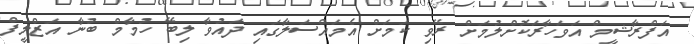
އަފްރާޝީމް އަވަހާރަކޮށްލުމަށް ރޭވި ކަމަށް އެމައްސަލާގައި ދައުވާ ލިބޭ ހުމާމް ބުނާ އަޒްލީފް